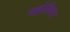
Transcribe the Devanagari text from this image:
मङ्गोलियात